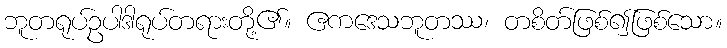
ဘူတရုပ်ဥပါဒါရုပ်တရားတို့၏။ ဧကဒေသဘူတဿ၊ တစိတ်ဖြစ်၍ဖြစ်သော။